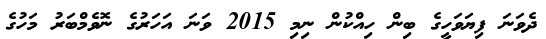
ދެވަނަ ފިޔަވަހީގެ ބިން ހިއްކުން ނިމި 2015 ވަނަ އަހަރުގެ ނޮވެމްބަރު މަހުގެ